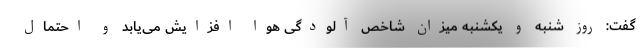
گفت: روز شنبه و یکشنبه میزان شاخص آلودگی هوا افزایش می‌یابد و احتمال